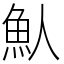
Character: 魜